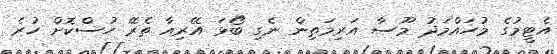
އެޓީމުގެ މުހައްމަދު މޫސާ އަރިމަތިން ނެގި ބޯޅަ އޭރިއާ ތެރޭ ހުސްކޮށް ހުރެ